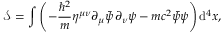
{ \mathcal { S } } = \int \left( - { \frac { \hbar ^ { 2 } } { m } } \eta ^ { \mu \nu } \partial _ { \mu } { \bar { \psi } } \, \partial _ { \nu } \psi - m c ^ { 2 } { \bar { \psi } } \psi \right) \mathrm { d } ^ { 4 } x ,